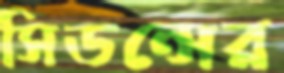
সিডন্সের